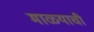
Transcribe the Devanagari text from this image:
माळ्याची